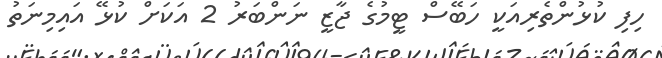
ހިފި ކުޅުންތެރިއަކީ ހަބޭސް ޓީމުގެ ޖާޒީ ނަންބަރު 2 އަކަށް ކުޅޭ އައިމިނަތު